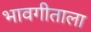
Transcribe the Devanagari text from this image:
भावगीताला